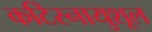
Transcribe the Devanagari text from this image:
कटिस्नायुशूल